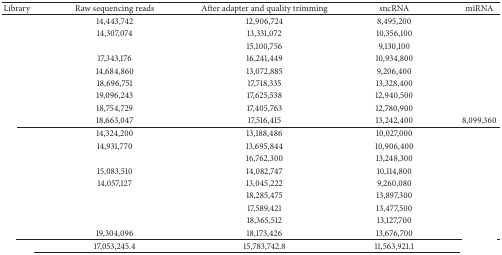
<table><thead><tr><td><b>Library</b></td><td><b>Raw sequencing reads</b></td><td><b>After adapter and quality trimming</b></td><td><b>sncRNA</b></td><td><b>miRNA</b></td></tr></thead><tbody><tr><td>[EMPTY_CELL]</td><td>14,443,742</td><td>12,906,724</td><td>8,495,200</td><td>[EMPTY_CELL]</td></tr><tr><td>[EMPTY_CELL]</td><td>14,307,074</td><td>13,331,072</td><td>10,356,100</td><td>[EMPTY_CELL]</td></tr><tr><td>[EMPTY_CELL]</td><td>[EMPTY_CELL]</td><td>15,100,756</td><td>9,130,100</td><td>[EMPTY_CELL]</td></tr><tr><td>[EMPTY_CELL]</td><td>17,343,176</td><td>16,241,449</td><td>10,934,800</td><td>[EMPTY_CELL]</td></tr><tr><td>[EMPTY_CELL]</td><td>14,684,860</td><td>13,072,885</td><td>9,206,400</td><td>[EMPTY_CELL]</td></tr><tr><td>[EMPTY_CELL]</td><td>18,696,751</td><td>17,718,335</td><td>13,328,400</td><td>[EMPTY_CELL]</td></tr><tr><td>[EMPTY_CELL]</td><td>19,096,243</td><td>17,625,538</td><td>12,940,500</td><td>[EMPTY_CELL]</td></tr><tr><td>[EMPTY_CELL]</td><td>18,754,729</td><td>17,405,763</td><td>12,780,900</td><td>[EMPTY_CELL]</td></tr><tr><td>[EMPTY_CELL]</td><td>18,663,047</td><td>17,516,415</td><td>13,242,400</td><td>8,099,360</td></tr><tr><td>[EMPTY_CELL]</td><td>14,324,200</td><td>13,188,486</td><td>10,027,000</td><td>[EMPTY_CELL]</td></tr><tr><td>[EMPTY_CELL]</td><td>14,931,770</td><td>13,695,844</td><td>10,906,400</td><td>[EMPTY_CELL]</td></tr><tr><td>[EMPTY_CELL]</td><td>[EMPTY_CELL]</td><td>16,762,300</td><td>13,248,300</td><td>[EMPTY_CELL]</td></tr><tr><td>[EMPTY_CELL]</td><td>15,083,510</td><td>14,082,747</td><td>10,114,800</td><td>[EMPTY_CELL]</td></tr><tr><td>[EMPTY_CELL]</td><td>14,057,127</td><td>13,045,222</td><td>9,260,080</td><td>[EMPTY_CELL]</td></tr><tr><td>[EMPTY_CELL]</td><td>[EMPTY_CELL]</td><td>18,285,475</td><td>13,897,300</td><td>[EMPTY_CELL]</td></tr><tr><td>[EMPTY_CELL]</td><td>[EMPTY_CELL]</td><td>17,589,421</td><td>13,477,500</td><td>[EMPTY_CELL]</td></tr><tr><td>[EMPTY_CELL]</td><td>[EMPTY_CELL]</td><td>18,365,512</td><td>13,127,700</td><td>[EMPTY_CELL]</td></tr><tr><td>[EMPTY_CELL]</td><td>19,304,096</td><td>18,173,426</td><td>13,676,700</td><td>[EMPTY_CELL]</td></tr><tr><td>[EMPTY_CELL]</td><td>17,053,245.4</td><td>15,783,742.8</td><td>11,563,921.1</td><td>[EMPTY_CELL]</td></tr></tbody></table>